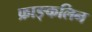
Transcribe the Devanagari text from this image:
फ्राङ्कलिन